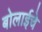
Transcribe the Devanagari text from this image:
बोलाईचे